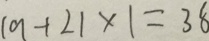
1 9 + 2 1 \times 1 = 3 8